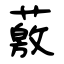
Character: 薂